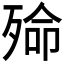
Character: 𱥐